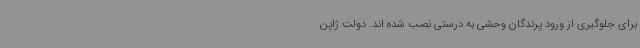
برای جلوگیری از ورود پرندگان وحشی به درستی نصب شده اند. دولت ژاپن